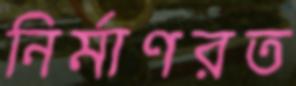
নির্মাণরত